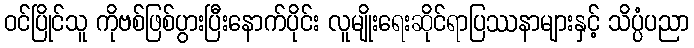
ဝင်ပြိုင်သူ ကိုဗစ်ဖြစ်ပွားပြီးနောက်ပိုင်း လူမျိုးရေးဆိုင်ရာပြဿနာများနှင့် သိပ္ပံပညာ